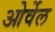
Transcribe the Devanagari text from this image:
ओर्वेल